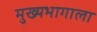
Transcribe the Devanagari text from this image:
मुख्यभागाला